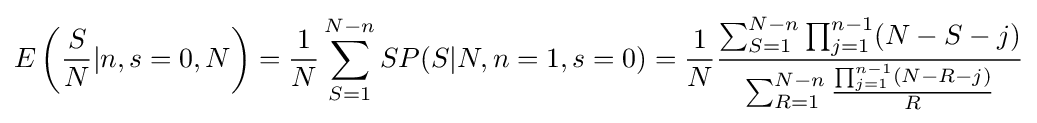
E\left({S \over N}|n,s=0,N\right)={1 \over N}\sum _{S=1}^{N-n}SP(S|N,n=1,s=0)={1 \over N}{\sum _{S=1}^{N-n}\prod _{j=1}^{n-1}(N-S-j) \over \sum _{R=1}^{N-n}{\prod _{j=1}^{n-1}(N-R-j) \over R}}